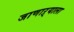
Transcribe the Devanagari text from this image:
जाणाऱ्याला